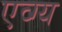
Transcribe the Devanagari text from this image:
एव्ग्य